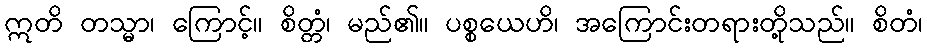
ဣတိ တသ္မာ၊ ကြောင့်။ စိတ္တံ၊ မည်၏။ ပစ္စယေဟိ၊ အကြောင်းတရားတို့သည်။ စိတံ၊